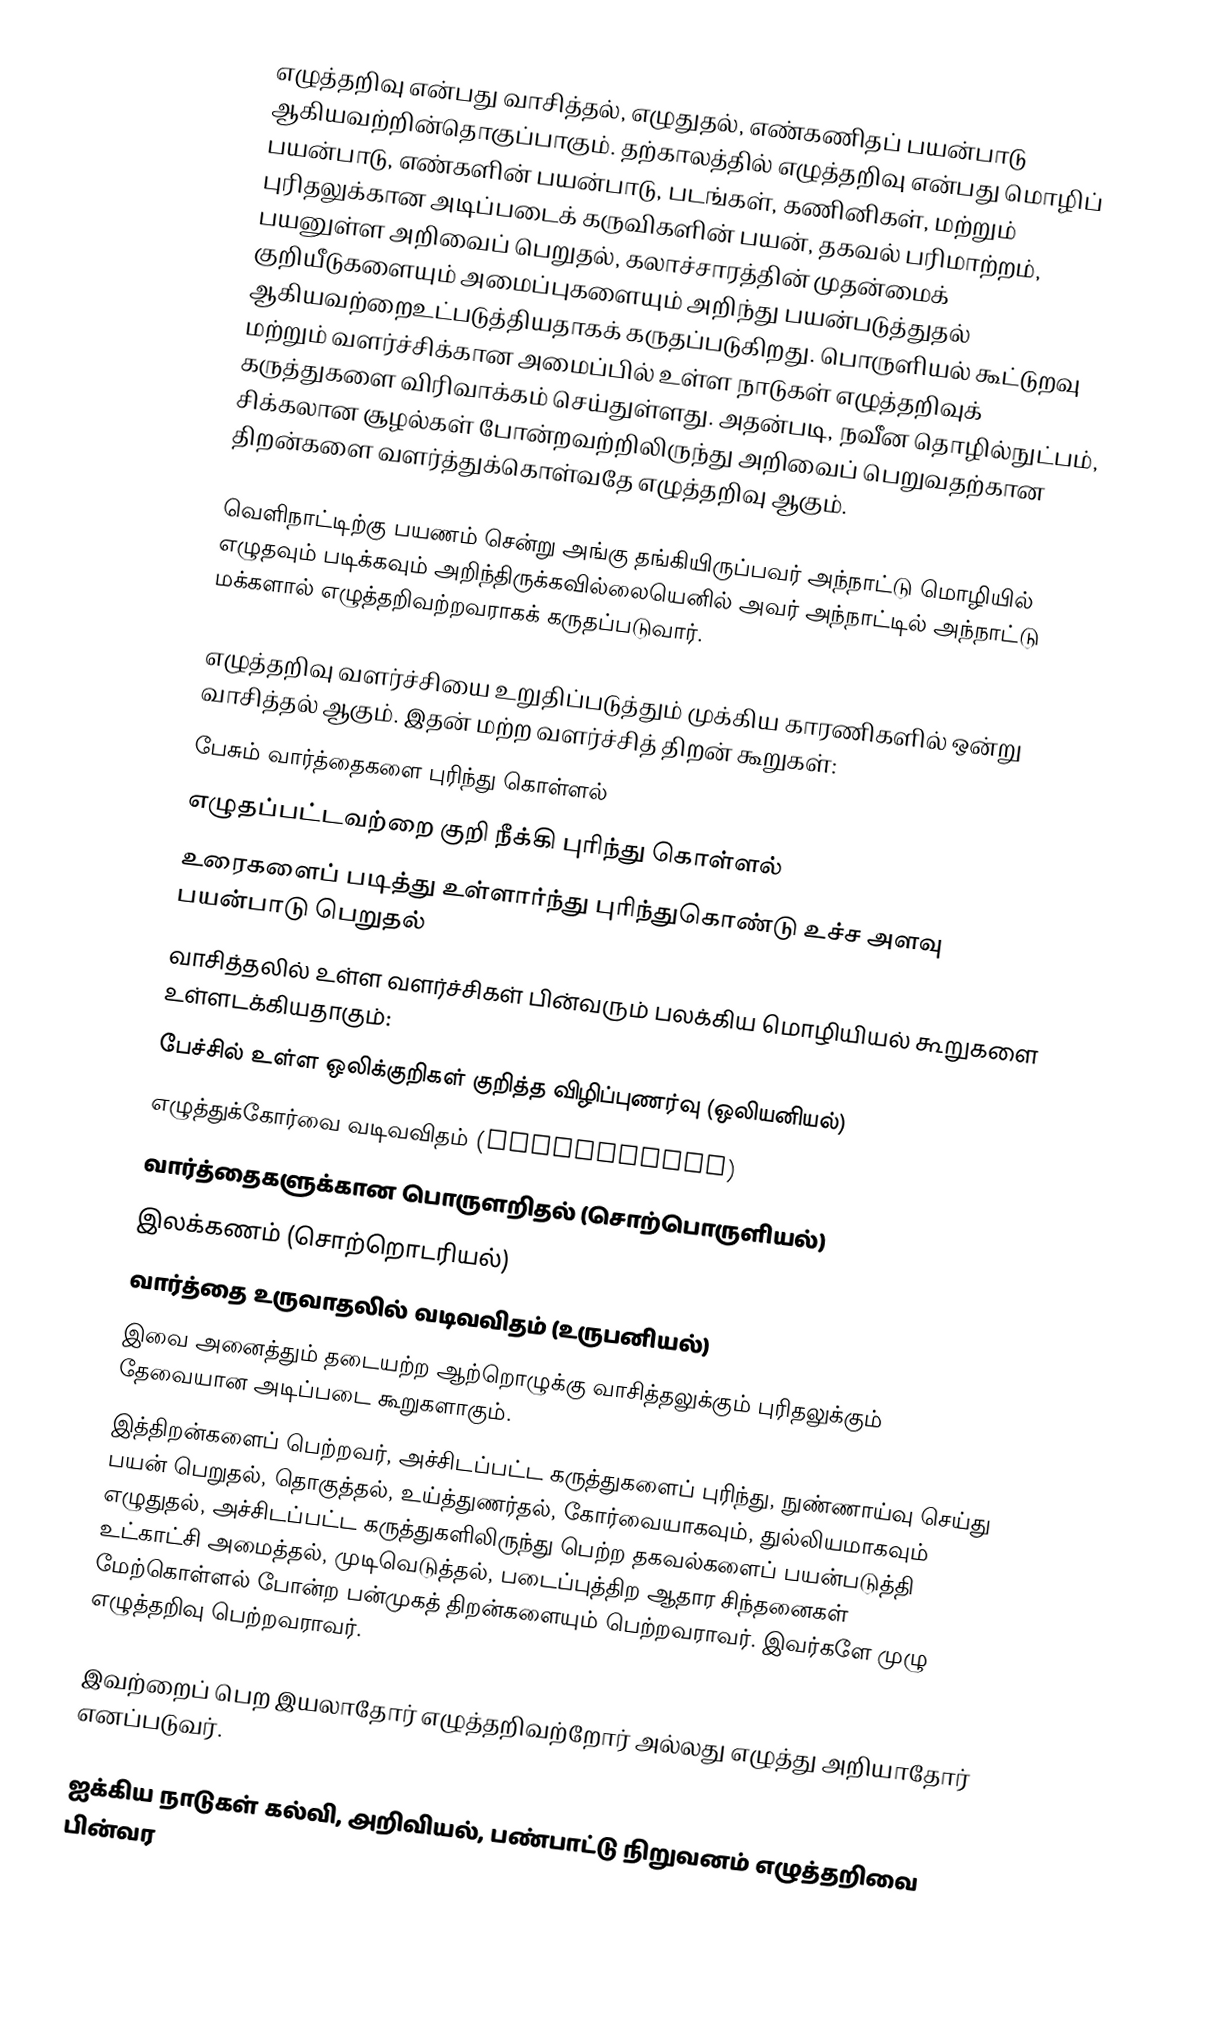
எழுத்தறிவு என்பது வாசித்தல், எழுதுதல், எண்கணிதப் பயன்பாடு ஆகியவற்றின்தொகுப்பாகும். தற்காலத்தில் எழுத்தறிவு என்பது மொழிப் பயன்பாடு, எண்களின் பயன்பாடு, படங்கள், கணினிகள், மற்றும் புரிதலுக்கான அடிப்படைக் கருவிகளின் பயன், தகவல் பரிமாற்றம், பயனுள்ள அறிவைப் பெறுதல், கலாச்சாரத்தின் முதன்மைக் குறியீடுகளையும் அமைப்புகளையும் அறிந்து பயன்படுத்துதல் ஆகியவற்றைஉட்படுத்தியதாகக் கருதப்படுகிறது. பொருளியல் கூட்டுறவு மற்றும் வளர்ச்சிக்கான அமைப்பில் உள்ள நாடுகள் எழுத்தறிவுக் கருத்துகளை விரிவாக்கம் செய்துள்ளது. அதன்படி, நவீன தொழில்நுட்பம், சிக்கலான சூழல்கள் போன்றவற்றிலிருந்து அறிவைப் பெறுவதற்கான திறன்களை வளர்த்துக்கொள்வதே எழுத்தறிவு ஆகும்.

வெளிநாட்டிற்கு பயணம் சென்று அங்கு தங்கியிருப்பவர் அந்நாட்டு மொழியில் எழுதவும் படிக்கவும் அறிந்திருக்கவில்லையெனில் அவர் அந்நாட்டில் அந்நாட்டு மக்களால் எழுத்தறிவற்றவராகக் கருதப்படுவார்.

எழுத்தறிவு வளர்ச்சியை உறுதிப்படுத்தும் முக்கிய காரணிகளில் ஒன்று வாசித்தல் ஆகும். இதன் மற்ற வளர்ச்சித் திறன் கூறுகள்:
 பேசும் வார்த்தைகளை புரிந்து கொள்ளல்
 எழுதப்பட்டவற்றை குறி நீக்கி புரிந்து கொள்ளல்
 உரைகளைப் படித்து உள்ளார்ந்து புரிந்துகொண்டு உச்ச அளவு பயன்பாடு பெறுதல்
 வாசித்தலில் உள்ள வளர்ச்சிகள் பின்வரும் பலக்கிய மொழியியல் கூறுகளை உள்ளடக்கியதாகும்:
 பேச்சில் உள்ள ஒலிக்குறிகள் குறித்த விழிப்புணர்வு (ஒலியனியல்)
 எழுத்துக்கோர்வை வடிவவிதம் (orthography)
 வார்த்தைகளுக்கான பொருளறிதல் (சொற்பொருளியல்)
 இலக்கணம் (சொற்றொடரியல்)
 வார்த்தை உருவாதலில் வடிவவிதம் (உருபனியல்)
 இவை அனைத்தும் தடையற்ற ஆற்றொழுக்கு வாசித்தலுக்கும் புரிதலுக்கும் தேவையான அடிப்படை கூறுகளாகும்.
இத்திறன்களைப் பெற்றவர், அச்சிடப்பட்ட கருத்துகளைப் புரிந்து,  நுண்ணாய்வு செய்து பயன் பெறுதல், தொகுத்தல், உய்த்துணர்தல், கோர்வையாகவும், துல்லியமாகவும் எழுதுதல், அச்சிடப்பட்ட கருத்துகளிலிருந்து பெற்ற தகவல்களைப் பயன்படுத்தி உட்காட்சி அமைத்தல், முடிவெடுத்தல்,  படைப்புத்திற ஆதார சிந்தனைகள் மேற்கொள்ளல் போன்ற பன்முகத் திறன்களையும் பெற்றவராவர். இவர்களே முழு எழுத்தறிவு பெற்றவராவர்.

இவற்றைப் பெற இயலாதோர் எழுத்தறிவற்றோர் அல்லது எழுத்து அறியாதோர் எனப்படுவர்.

ஐக்கிய நாடுகள் கல்வி, அறிவியல், பண்பாட்டு நிறுவனம் எழுத்தறிவை பின்வர